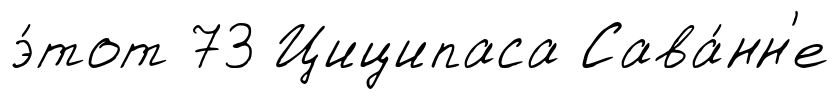
э́тот 73 Циципаса Сава́нн'е